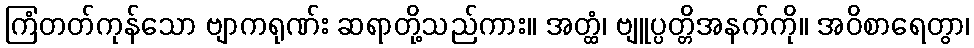
ကြံတတ်ကုန်သော ဗျာကရုဏ်း ဆရာတို့သည်ကား။ အတ္ထံ၊ ဗျူပ္ပတ္တိအနက်ကို။ အဝိစာရေတွာ၊